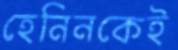
হেনিনকেই